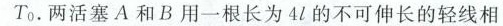
T0。两活塞A和B用一根长为4l的不可伸长的轻线相